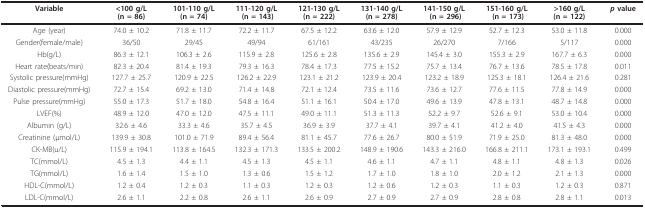
<table><thead><tr><td><b>Variable</b></td><td><b>&lt;100 g/L (n = 86)</b></td><td><b>101-110 g/L (n = 74)</b></td><td><b>111-120 g/L (n = 143)</b></td><td><b>121-130 g/L (n = 222)</b></td><td><b>131-140 g/L (n = 278)</b></td><td><b>141-150 g/L (n = 296)</b></td><td><b>151-160 g/L (n = 173)</b></td><td><b>&gt;160 g/L (n = 122)</b></td><td><b><i>p </i>value</b></td></tr></thead><tbody><tr><td>Age (year)</td><td>74.0 ± 10.2</td><td>71.8 ± 11.7</td><td>72.2 ± 11.7</td><td>67.5 ± 12.2</td><td>63.6 ± 12.0</td><td>57.9 ± 12.9</td><td>52.7 ± 12.3</td><td>53.0 ± 11.8</td><td>0.000</td></tr><tr><td>Gender(female/male)</td><td>36/50</td><td>29/45</td><td>49/94</td><td>61/161</td><td>43/235</td><td>26/270</td><td>7/166</td><td>5/117</td><td>0.000</td></tr><tr><td>Hb(g/L)</td><td>86.3 ± 12.1</td><td>106.3 ± 2.6</td><td>115.9 ± 2.8</td><td>125.6 ± 2.8</td><td>135.6 ± 2.9</td><td>145.4 ± 3.0</td><td>155.3 ± 2.9</td><td>167.7 ± 6.3</td><td>0.000</td></tr><tr><td>Heart rate(beats/min)</td><td>82.3 ± 20.4</td><td>81.4 ± 19.3</td><td>79.3 ± 16.3</td><td>78.4 ± 17.3</td><td>77.5 ± 15.2</td><td>75.7 ± 13.4</td><td>76.7 ± 13.6</td><td>78.5 ± 17.8</td><td>0.011</td></tr><tr><td>Systolic pressure(mmHg)</td><td>127.7 ± 25.7</td><td>120.9 ± 22.5</td><td>126.2 ± 22.9</td><td>123.1 ± 21.2</td><td>123.9 ± 20.4</td><td>123.2 ± 18.9</td><td>125.3 ± 18.1</td><td>126.4 ± 21.6</td><td>0.281</td></tr><tr><td>Diastolic pressure(mmHg)</td><td>72.7 ± 15.4</td><td>69.2 ± 13.0</td><td>71.4 ± 14.8</td><td>72.1 ± 12.4</td><td>73.5 ± 11.6</td><td>73.6 ± 12.7</td><td>77.6 ± 11.5</td><td>77.8 ± 14.9</td><td>0.000</td></tr><tr><td>Pulse pressure(mmHg)</td><td>55.0 ± 17.3</td><td>51.7 ± 18.0</td><td>54.8 ± 16.4</td><td>51.1 ± 16.1</td><td>50.4 ± 17.0</td><td>49.6 ± 13.9</td><td>47.8 ± 13.1</td><td>48.7 ± 14.8</td><td>0.000</td></tr><tr><td>LVEF(%)</td><td>48.9 ± 12.0</td><td>47.0 ± 12.0</td><td>47.5 ± 11.1</td><td>49.0 ± 11.1</td><td>51.3 ± 11.3</td><td>52.2 ± 9.7</td><td>52.6 ± 9.1</td><td>53.0 ± 10.4</td><td>0.000</td></tr><tr><td>Albumin (g/L)</td><td>32.6 ± 4.6</td><td>33.3 ± 4.6</td><td>35.7 ± 4.5</td><td>36.9 ± 3.9</td><td>37.7 ± 4.1</td><td>39.7 ± 4.1</td><td>41.2 ± 4.0</td><td>41.5 ± 4.3</td><td>0.000</td></tr><tr><td>Creatinine (μmol/L)</td><td>139.9 ± 30.8</td><td>101.0 ± 71.9</td><td>89.4 ± 56.4</td><td>81.1 ± 45.7</td><td>77.6 ± 26.7</td><td>80.0 ± 51.9</td><td>71.9 ± 25.0</td><td>81.3 ± 48.0</td><td>0.000</td></tr><tr><td>CK-MB(u/L)</td><td>115.9 ± 194.1</td><td>113.8 ± 164.5</td><td>132.3 ± 171.3</td><td>133.5 ± 200.2</td><td>148.9 ± 190.6</td><td>143.3 ± 216.0</td><td>166.8 ± 211.1</td><td>173.1 ± 193.1</td><td>0.499</td></tr><tr><td>TC(mmol/L)</td><td>4.5 ± 1.3</td><td>4.4 ± 1.1</td><td>4.5 ± 1.3</td><td>4.5 ± 1.1</td><td>4.6 ± 1.1</td><td>4.7 ± 1.1</td><td>4.8 ± 1.1</td><td>4.8 ± 1.3</td><td>0.026</td></tr><tr><td>TG(mmol/L)</td><td>1.6 ± 1.4</td><td>1.5 ± 1.0</td><td>1.3 ± 0.6</td><td>1.5 ± 1.2</td><td>1.7 ± 1.0</td><td>1.8 ± 1.0</td><td>2.0 ± 1.2</td><td>2.1 ± 1.3</td><td>0.000</td></tr><tr><td>HDL-C(mmol/L)</td><td>1.2 ± 0.4</td><td>1.2 ± 0.3</td><td>1.1 ± 0.3</td><td>1.2 ± 0.3</td><td>1.2 ± 0.6</td><td>1.2 ± 0.3</td><td>1.1 ± 0.3</td><td>1.2 ± 0.3</td><td>0.871</td></tr><tr><td>LDL-C(mmol/L)</td><td>2.6 ± 1.1</td><td>2.2 ± 0.8</td><td>2.6 ± 1.1</td><td>2.6 ± 0.9</td><td>2.7 ± 0.9</td><td>2.7 ± 0.9</td><td>2.8 ± 0.8</td><td>2.8 ± 1.1</td><td>0.013</td></tr></tbody></table>